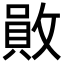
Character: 𢿃